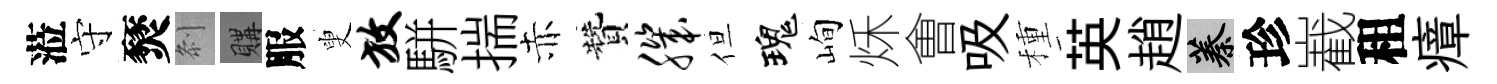
蒞守燹𠛴購服叟放駢揣赤贊肌但瑰峋秌㑹吸種英趙蓁珍嶻租瘴